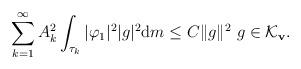
LaTeX: \begin{align*} \sum_{k=1}^\infty A_k^2\int_{\tau_k}|\varphi_1|^2|g|^2{\mathrm d}m\leq C\|g\|^2\ g\in\mathcal K_{\mathbf v}.\end{align*}